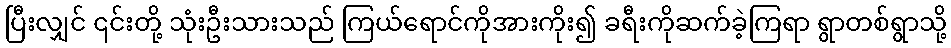
ပြီးလျှင် ၎င်းတို့ သုံးဦးသားသည် ကြယ်ရောင်ကိုအားကိုး၍ ခရီးကိုဆက်ခဲ့ကြရာ ရွာတစ်ရွာသို့